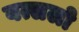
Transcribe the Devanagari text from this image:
वत्सलो